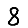
Digit: 8